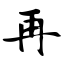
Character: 再